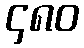
၄၈၀